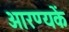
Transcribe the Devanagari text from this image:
आरण्यकें